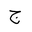
Letter: _gim